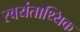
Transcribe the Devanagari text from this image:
स्वयंताथ्यिक